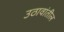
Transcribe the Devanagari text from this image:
उठावांतील